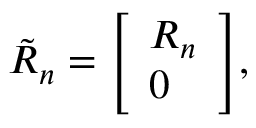
{ \tilde { R } } _ { n } = { \left[ \begin{array} { l } { R _ { n } } \\ { 0 } \end{array} \right] } ,